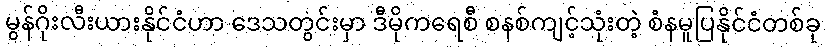
မွန်ဂိုးလီးယားနိုင်ငံဟာ ဒေသတွင်းမှာ ဒီမိုကရေစီ စနစ်ကျင့်သုံးတဲ့ စံနမူပြနိုင်ငံတစ်ခု